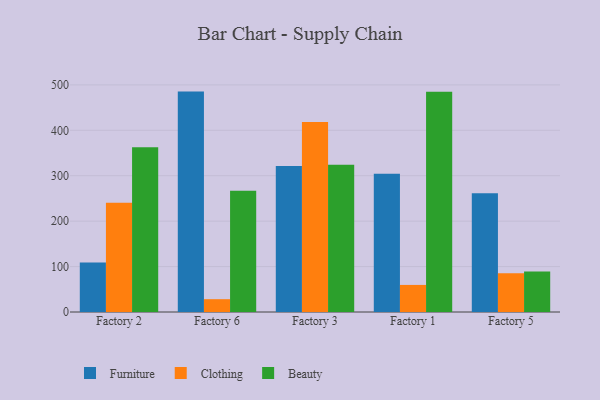
{"axis": {"x": "Factory", "y": "Demand Index"}, "legend": ["Beauty", "Clothing", "Furniture"], "data": [{"x": "Factory 2", "y": 109.2, "type": "Furniture"}, {"x": "Factory 2", "y": 240.4, "type": "Clothing"}, {"x": "Factory 2", "y": 362.7, "type": "Beauty"}, {"x": "Factory 6", "y": 485.2, "type": "Furniture"}, {"x": "Factory 6", "y": 28.2, "type": "Clothing"}, {"x": "Factory 6", "y": 267.2, "type": "Beauty"}, {"x": "Factory 3", "y": 321.6, "type": "Furniture"}, {"x": "Factory 3", "y": 418.2, "type": "Clothing"}, {"x": "Factory 3", "y": 324.4, "type": "Beauty"}, {"x": "Factory 1", "y": 304.1, "type": "Furniture"}, {"x": "Factory 1", "y": 59.6, "type": "Clothing"}, {"x": "Factory 1", "y": 484.8, "type": "Beauty"}, {"x": "Factory 5", "y": 261.2, "type": "Furniture"}, {"x": "Factory 5", "y": 85.3, "type": "Clothing"}, {"x": "Factory 5", "y": 89.2, "type": "Beauty"}]}